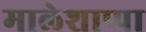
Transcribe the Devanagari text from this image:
मालेशाप्पा